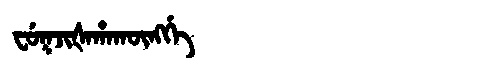
Manchu: ᠸᡠᡴᠵᡳᡧᠠᡥᠠᡴᡡᠩᡤᡝ
Romanization: FUKJIŠAHAKŪNGGE